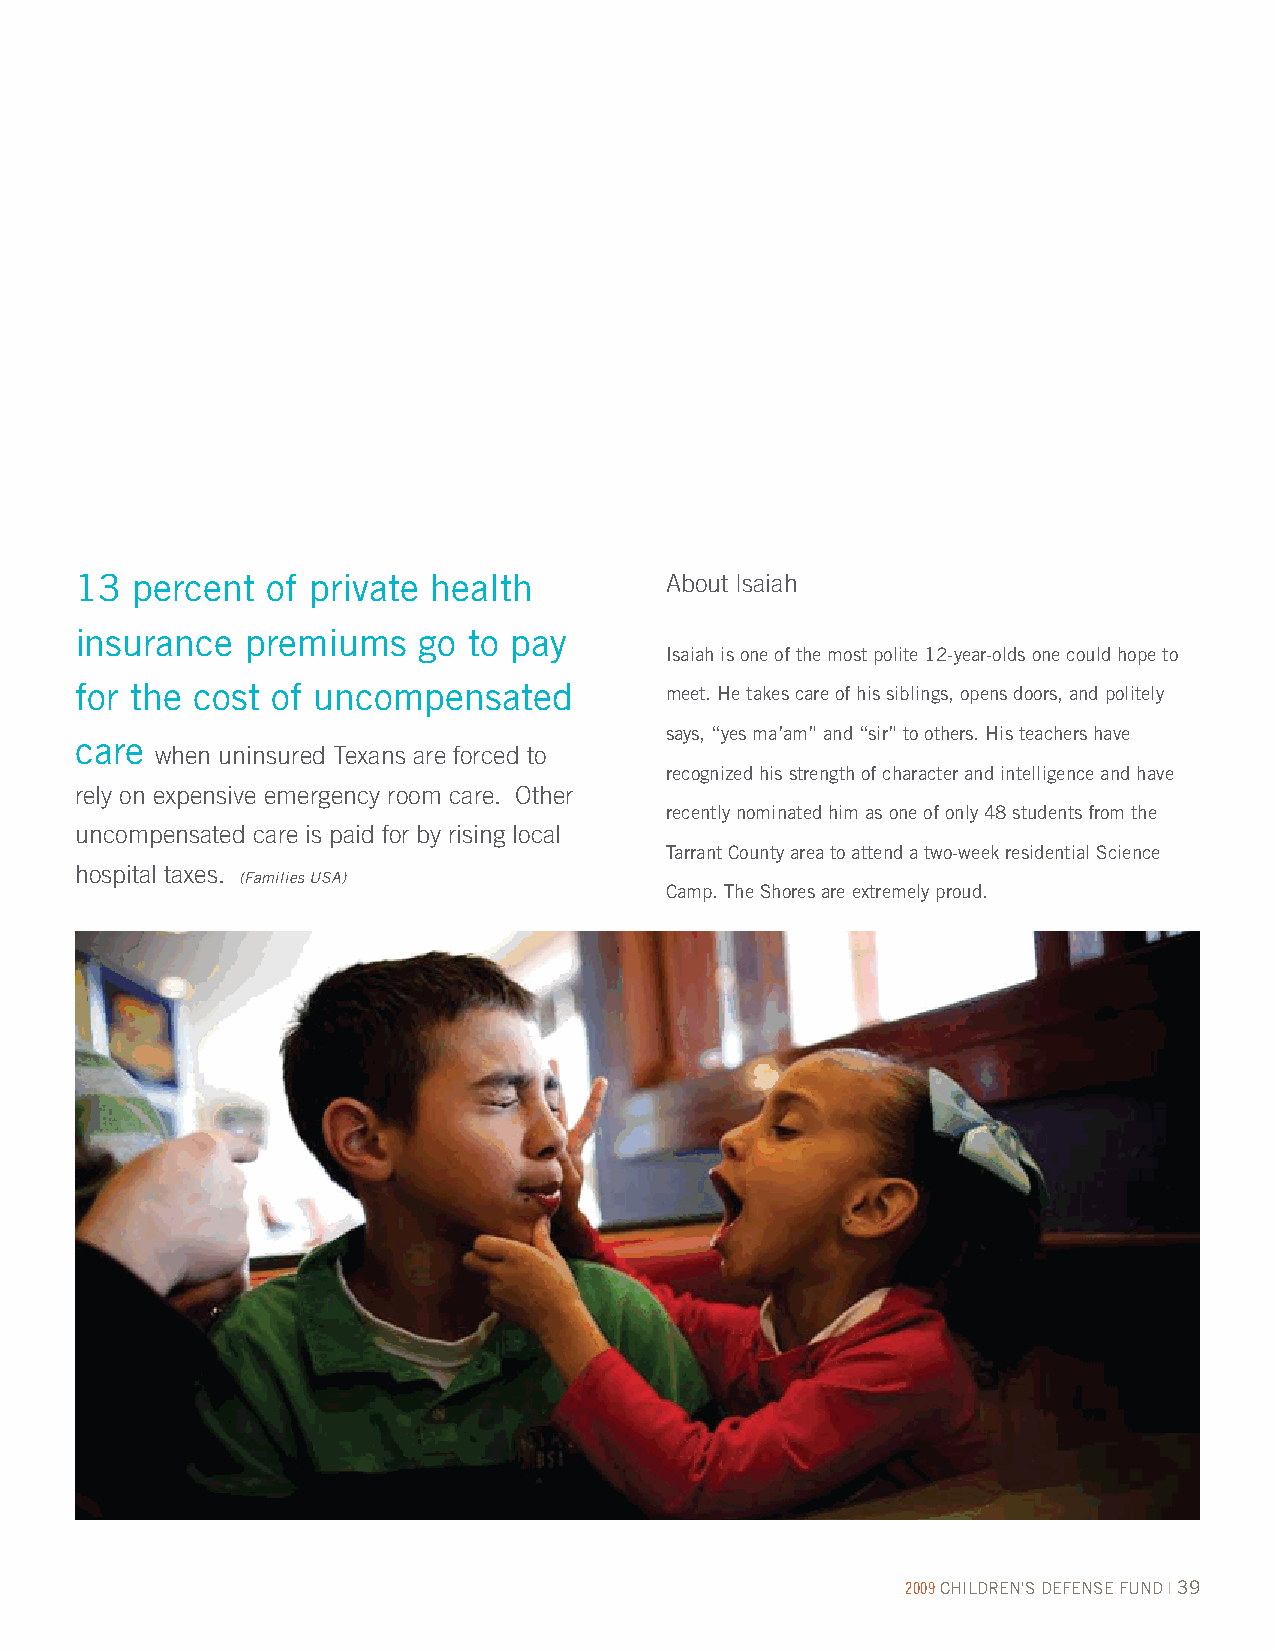
13  percent  of private health         About Isaiah
 insurance  premiums    go to pay
 Isaiah is one of the most polite 12-year-olds one could hope to
 for the cost of uncompensated          meet. He takes care of his siblings, opens doors, and politely
 says, “yes ma’am” and “sir” to others. His teachers have
 care
 when uninsured Texans are forced to
 recognized his strength of character and intelligence and have
 rely on expensive emergency room care. Other
 recently nominated him as one of only 48 students from the
 uncompensated care is paid for by rising local
 Tarrant County area to attend a two-week residential Science
 hospital taxes.
 (Families USA)
 Camp. The Shores are extremely proud.
 2009 CHILDREN'S DEFENSE FUND | 39